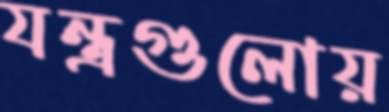
যন্ত্রগুলোয়